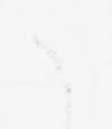
御